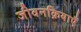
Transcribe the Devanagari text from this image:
जीवनक्रियाएँ